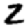
Digit: 2